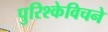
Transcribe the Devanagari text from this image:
पुरिश्केविचने